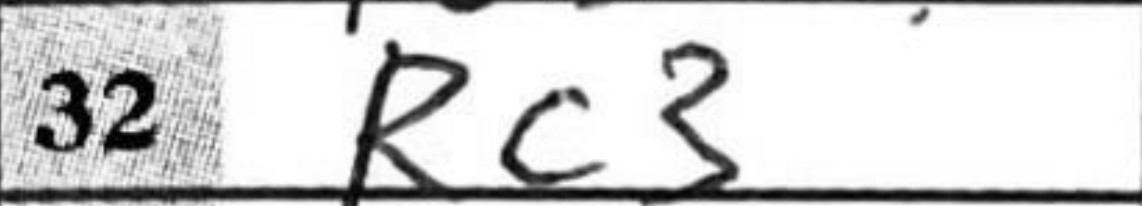
Transcription: Rc3